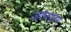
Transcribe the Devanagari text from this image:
आत्मापराग